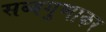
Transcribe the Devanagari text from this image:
सब्बगुणाकर